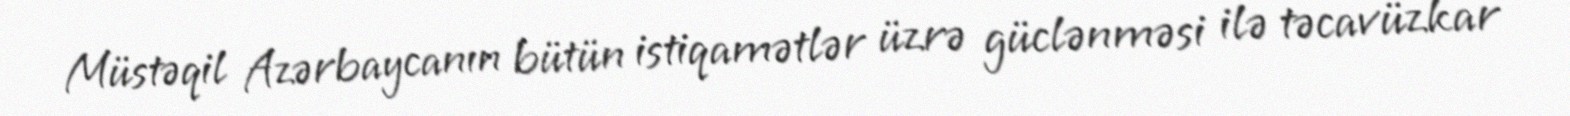
Müstəqil Azərbaycanın bütün istiqamətlər üzrə güclənməsi ilə təcavüzkar